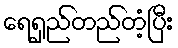
ရေရှည်တည်တံ့ပြီး